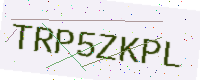
Text: TRP5ZKPL